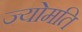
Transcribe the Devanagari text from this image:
ज्योमति